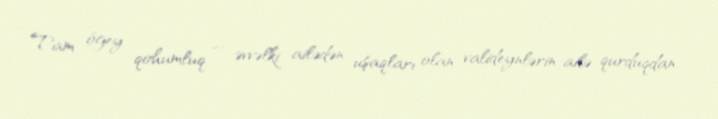
Tam ögey qohumluq — əvvəlki ailədən uşaqları olan valideynlərin ailə qurduqdan